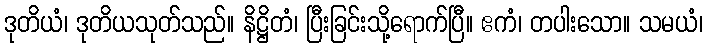
ဒုတိယံ၊ ဒုတိယသုတ်သည်။ နိဋ္ဌိတံ၊ ပြီးခြင်းသို့ရောက်ပြီ။ ဧကံ၊ တပါးသော။ သမယံ၊